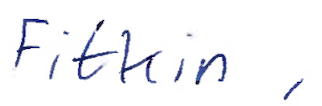
Text: Fitkin,
Cross-out: clean
Writing tool: ballpoint